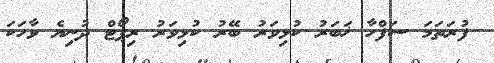
ފުރަތަމަ ސަފްހާ ޚަބަރު ކުޅިވަރު ބޭރު ކުޅިވަރު ރިޕޯޓް ދުނިޔެ ވާހަކަ